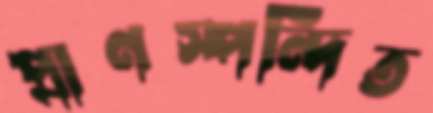
প্রাণস্পন্দিত